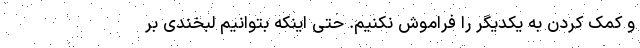
و کمک کردن به یکدیگر را فراموش نکنیم. حتی اینکه بتوانیم لبخندی بر